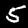
Digit: 5